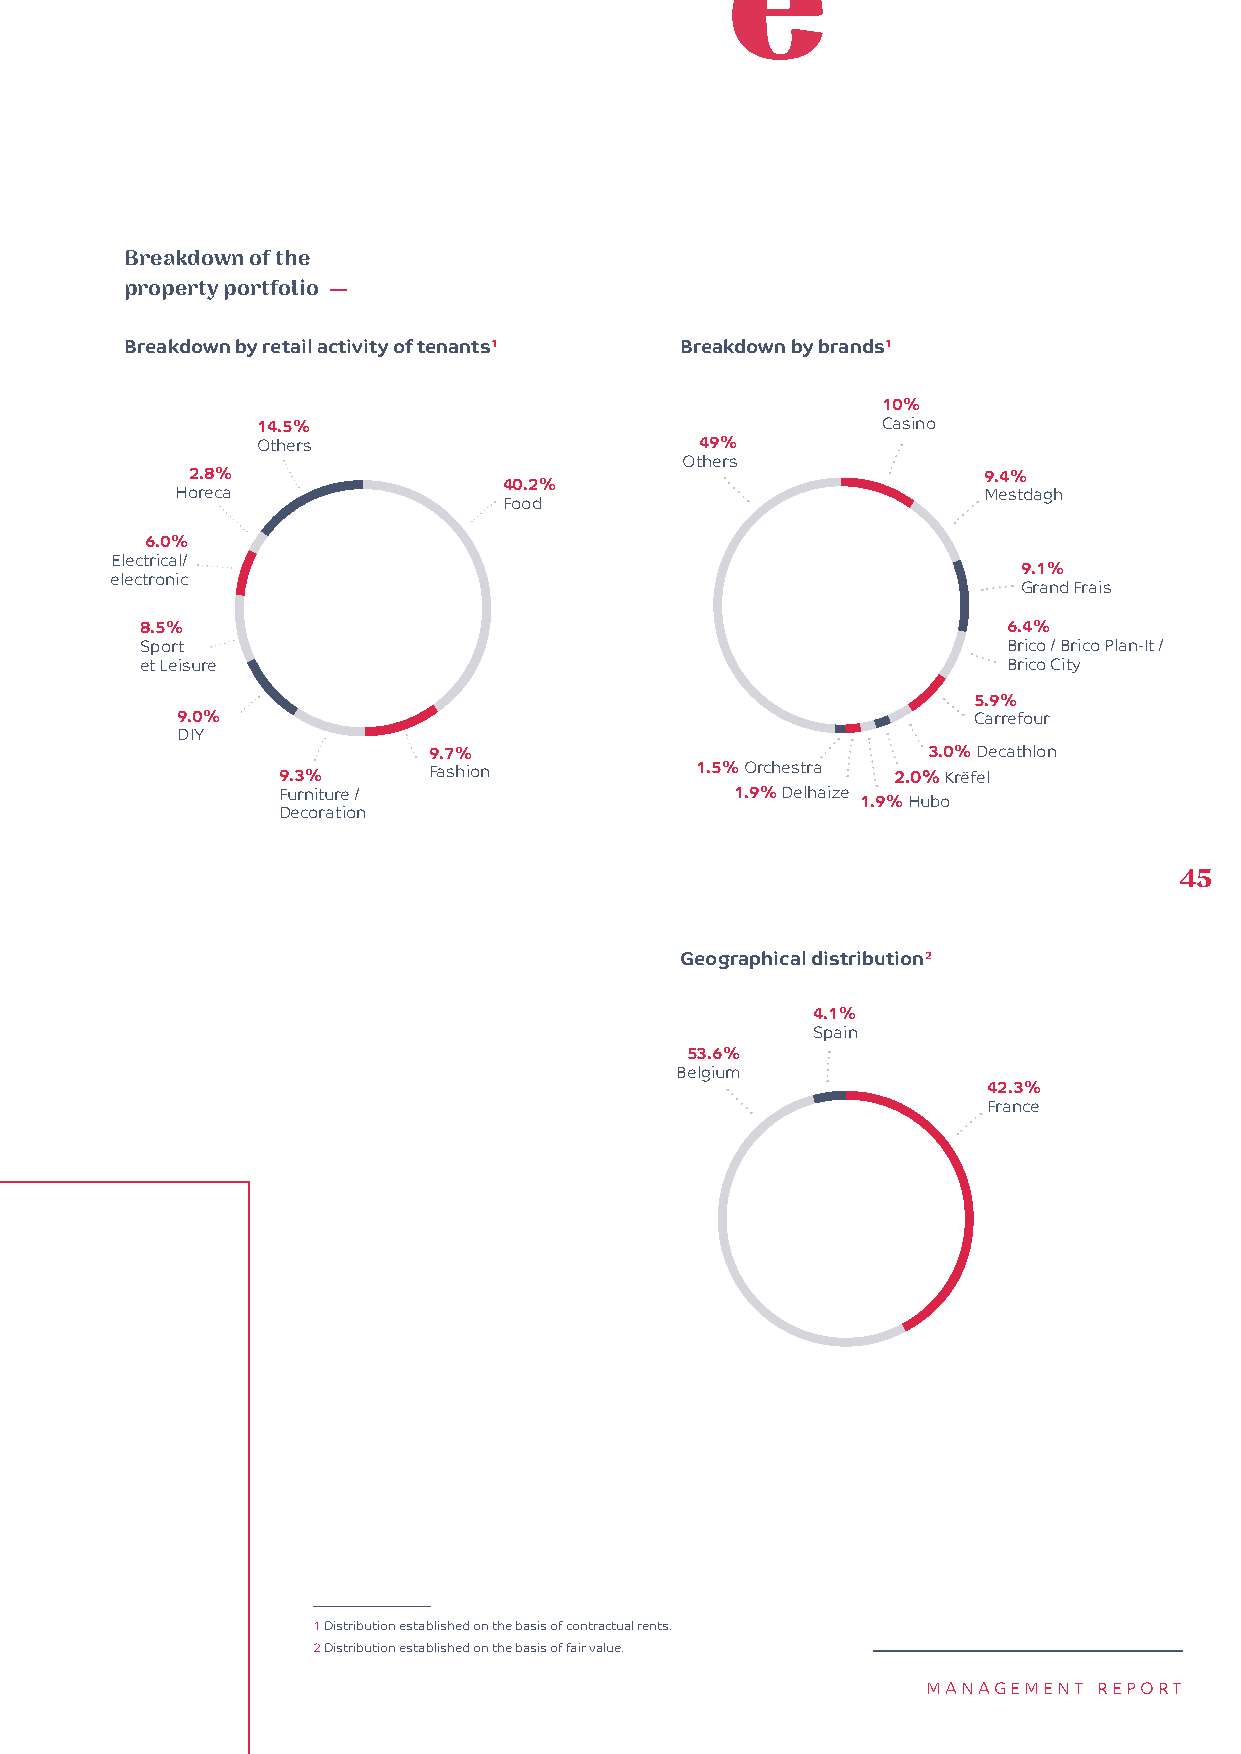
Breakdown of the
 property portfolio —
 Breakdown by retail activity of tenants1 Breakdown by brands1
 10%
 14.5%                                    Casino
 Others                       49%
 Others
 2.8%                                                 9.4%
 40.2%
 Horeca                                               Mestdagh
 Food
 6.0%
 Electrical/
 9.1%
 electronic
 Grand Frais
 8.5%                                                      6.4%
 Sport                                                     Brico / Brico Plan-It /
 et Leisure                                                Brico City
 5.9%
 9.0%                                                Carrefour
 DIY
 9.7%                             3.0% Decathlon
 9.3%      Fashion           1.5% Orchestra 2.0% Krëfel
 Furniture /                    1.9% Delhaize
 1.9% Hubo
 Decoration
 45
 Geographical distribution2
 4.1%
 Spain
 53.6%
 Belgium
 42.3%
 France
 1 Distribution established on the basis of contractual rents.
 2 Distribution established on the basis of fair value.
 MANAGEMENT  REPORT